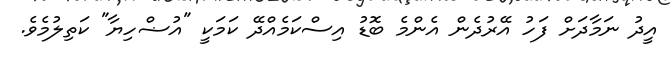
އީދު ނަމާދަށް ފަހު އޭރުދެން އެންމެ ބޮޑު އިސްކަމެއްދޭ ކަމަކީ "އުޟްހިޔާ" ކަތިލުމެވެ.